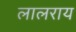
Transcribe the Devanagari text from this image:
लालराय